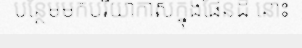
បន្ថែមមកបរិយាកាសក្នុងផែនដី នោះ